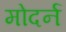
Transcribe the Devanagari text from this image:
मोदर्न